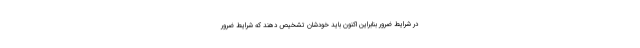
در شرایط ضرور بنابراین اکنون باید خودشان تشخیص دهند که شرایط ضرور